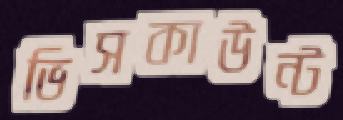
ভিসকাউন্ট